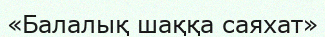
«Балалық шаққа саяхат»